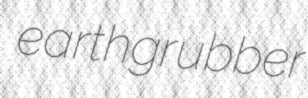
earthgrubber